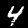
Label: 4